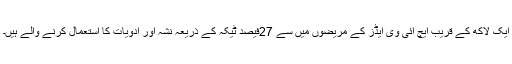
ایک لاکھ کے قریب ایچ آئی وی ایڈز کے مریضوں میں سے 27فیصد ٹیکہ کے ذریعہ نشہ آور ادویات کا استعمال کرنے والے ہیں۔